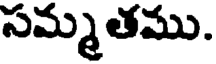
సమ్మతము.